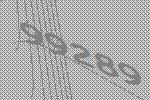
99289